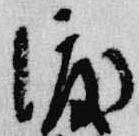
渡